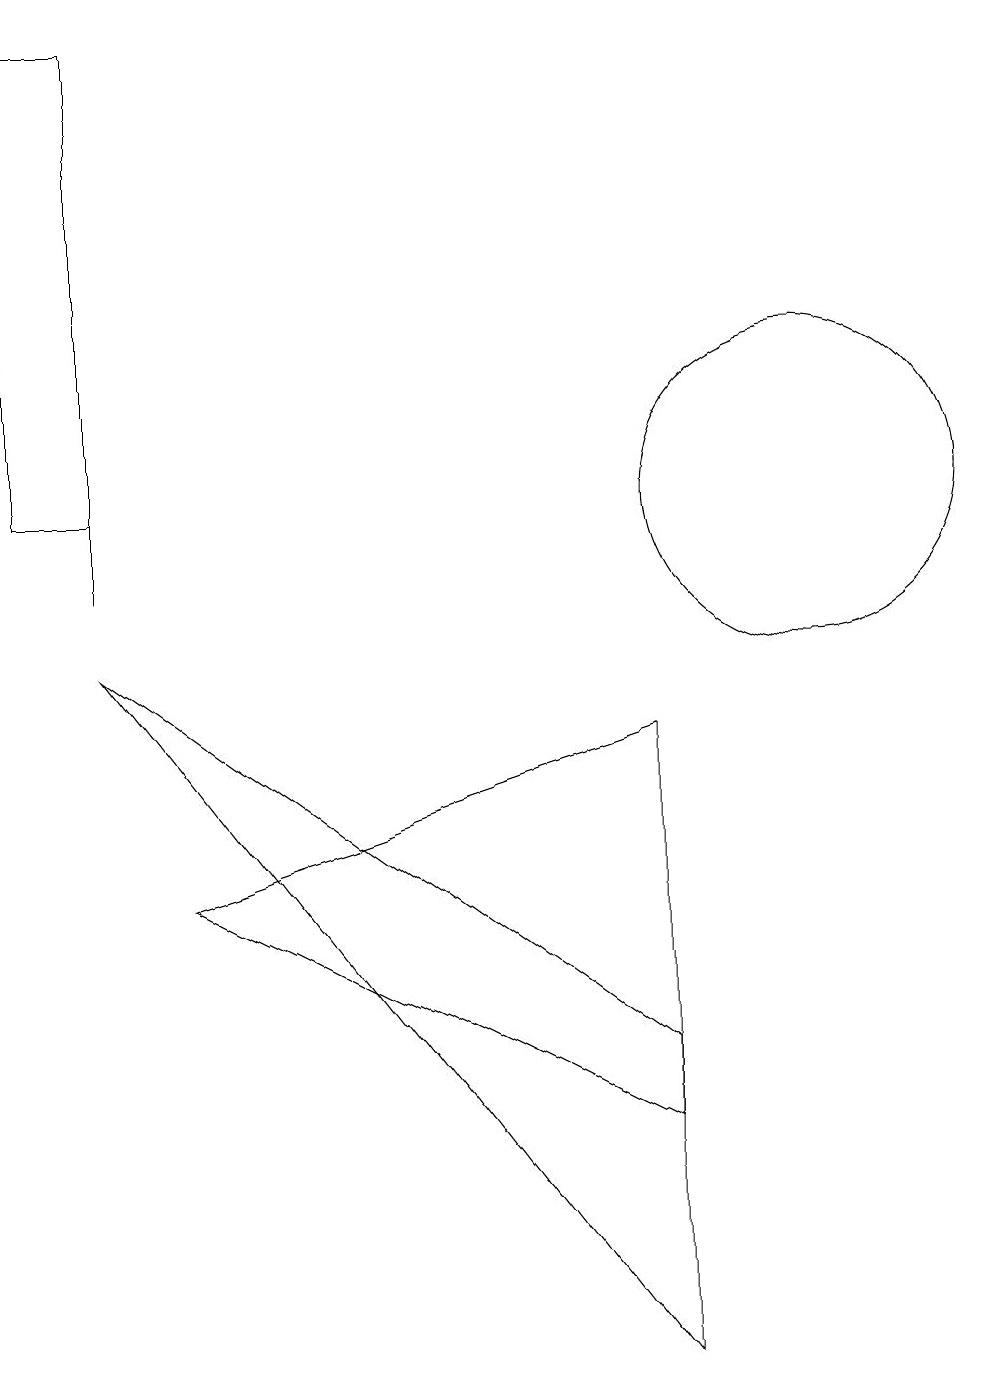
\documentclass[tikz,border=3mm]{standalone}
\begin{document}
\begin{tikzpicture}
\draw (8,8) -- (2,6) -- (8,3) -- cycle;
\draw (1,17) rectangle (1,10);
\draw (8,4) -- (1,9) -- (8,0) -- cycle;
\draw (1,11) rectangle (0,17);
\draw (10,11) circle (2);
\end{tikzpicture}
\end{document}